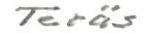
Teräs